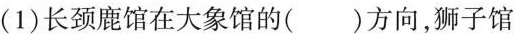
(1)长颈鹿馆在大象馆的()方向，狮子馆